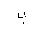
Letter: _ba